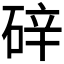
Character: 𪿢